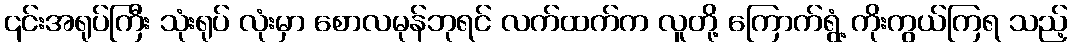
၎င်းအရုပ်ကြီး သုံးရုပ် လုံးမှာ စောလမုန်ဘုရင် လက်ထက်က လူတို့ ကြောက်ရွံ့ ကိုးကွယ်ကြရ သည့်